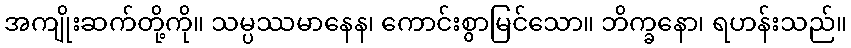
အကျိုးဆက်တို့ကို။ သမ္ပဿမာနေန၊ ကောင်းစွာမြင်သော။ ဘိက္ခနော၊ ရဟန်းသည်။